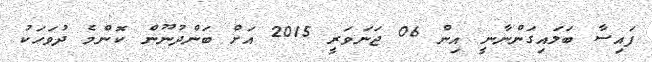
ފައިސާ ބަލައިގަންނާނީ އިން 06 ޖަނަވަރީ 2015 އަށް ބަންދުނޫން ކޮންމެ ދުވަހަކު